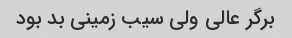
برگر عالی ولی سیب زمینی بد بود